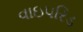
વાઇપરિડ